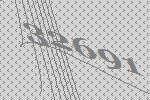
32691